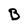
Character: B